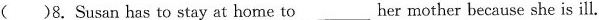
( )8.Susan has to stay at home to___ her mother because she is ill.